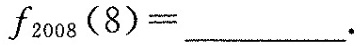
$$f_{2008}(8)=___$$.